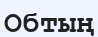
Обтың